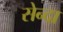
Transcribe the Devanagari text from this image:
सेन्दा